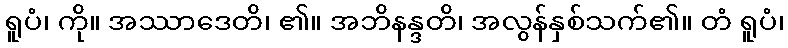
ရူပံ၊ ကို။ အဿာဒေတိ၊ ၏။ အဘိနန္ဒတိ၊ အလွန်နှစ်သက်၏။ တံ ရူပံ၊